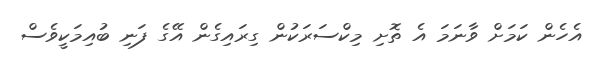
އެހެން ކަމަށް ވާނަމަ އެ ތޮށި މިކްސަރަކުން ގިރައިގެން އޭގެ ފަނި ބުއިމަކީވެސް